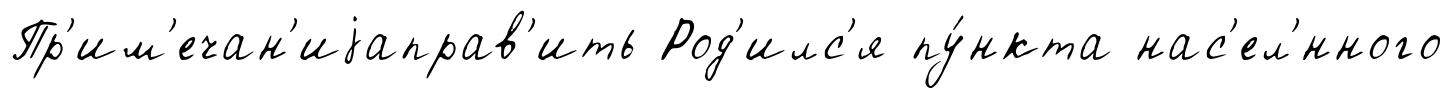
Пр'им'ечан'иjаправ'ить Род'илс'я пу́нкта нас'ел'́нного